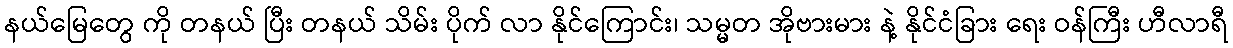
နယ်မြေတွေ ကို တနယ် ပြီး တနယ် သိမ်း ပိုက် လာ နိုင်ကြောင်း၊ သမ္မတ အိုဗားမား နဲ့ နိုင်ငံခြား ရေး ဝန်ကြီး ဟီလာရီ